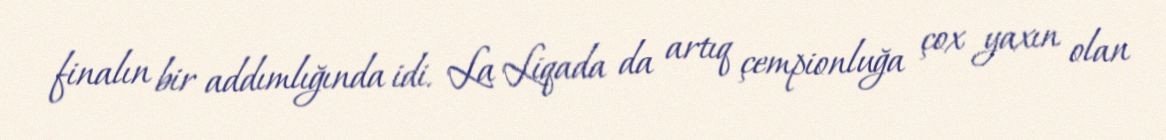
finalın bir addımlığında idi. La Liqada da artıq çempionluğa çox yaxın olan